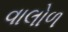
વાલોળ